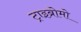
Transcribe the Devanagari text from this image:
ट्राइब्रोमो